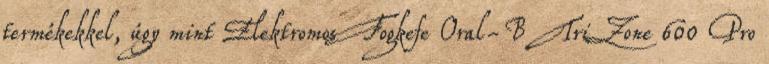
termékekkel, úgy mint Elektromos Fogkefe Oral-B TriZone 600 Pro